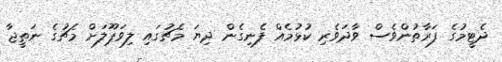
ދެޓީމުގެ ފަރާތުންވެސް ވާދަވެރި ކުޅުމެއް ފެނިގެން ދިޔަ މެޗުގައި ލިވަޕޫލަށް މެޗުގެ ނަތީޖާ